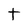
Character: t